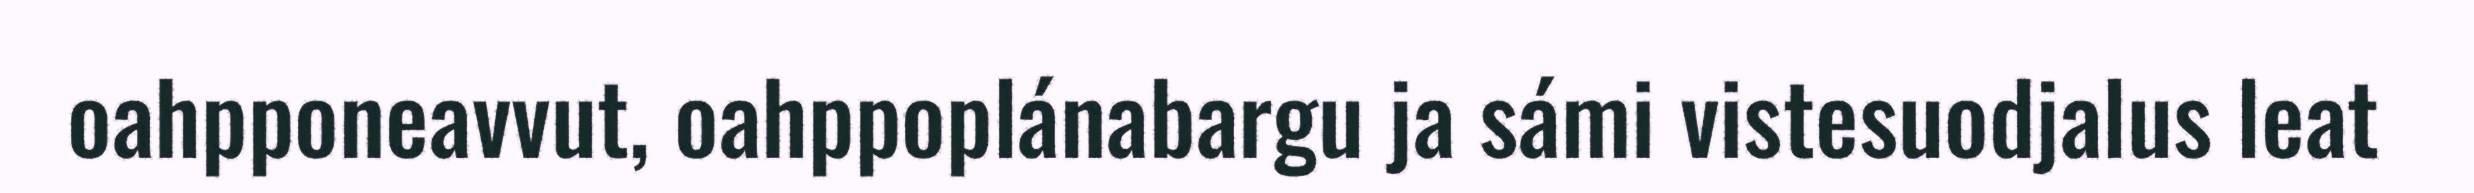
oahpponeavvut, oahppoplánabargu ja sámi vistesuodjalus leat